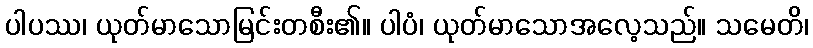
ပါပဿ၊ ယုတ်မာသောမြင်းတစီး၏။ ပါပံ၊ ယုတ်မာသောအလေ့သည်။ သမေတိ၊